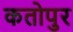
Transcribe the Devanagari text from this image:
कतोपुर